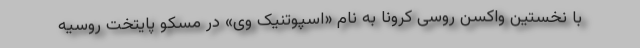
با نخستین واکسن روسی کرونا به نام «اسپوتنیک وی» در مسکو پایتخت روسیه